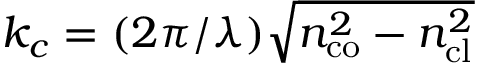
k _ { c } = ( 2 \pi / \lambda ) \sqrt { n _ { \mathrm { c o } } ^ { 2 } - n _ { \mathrm { c l } } ^ { 2 } }